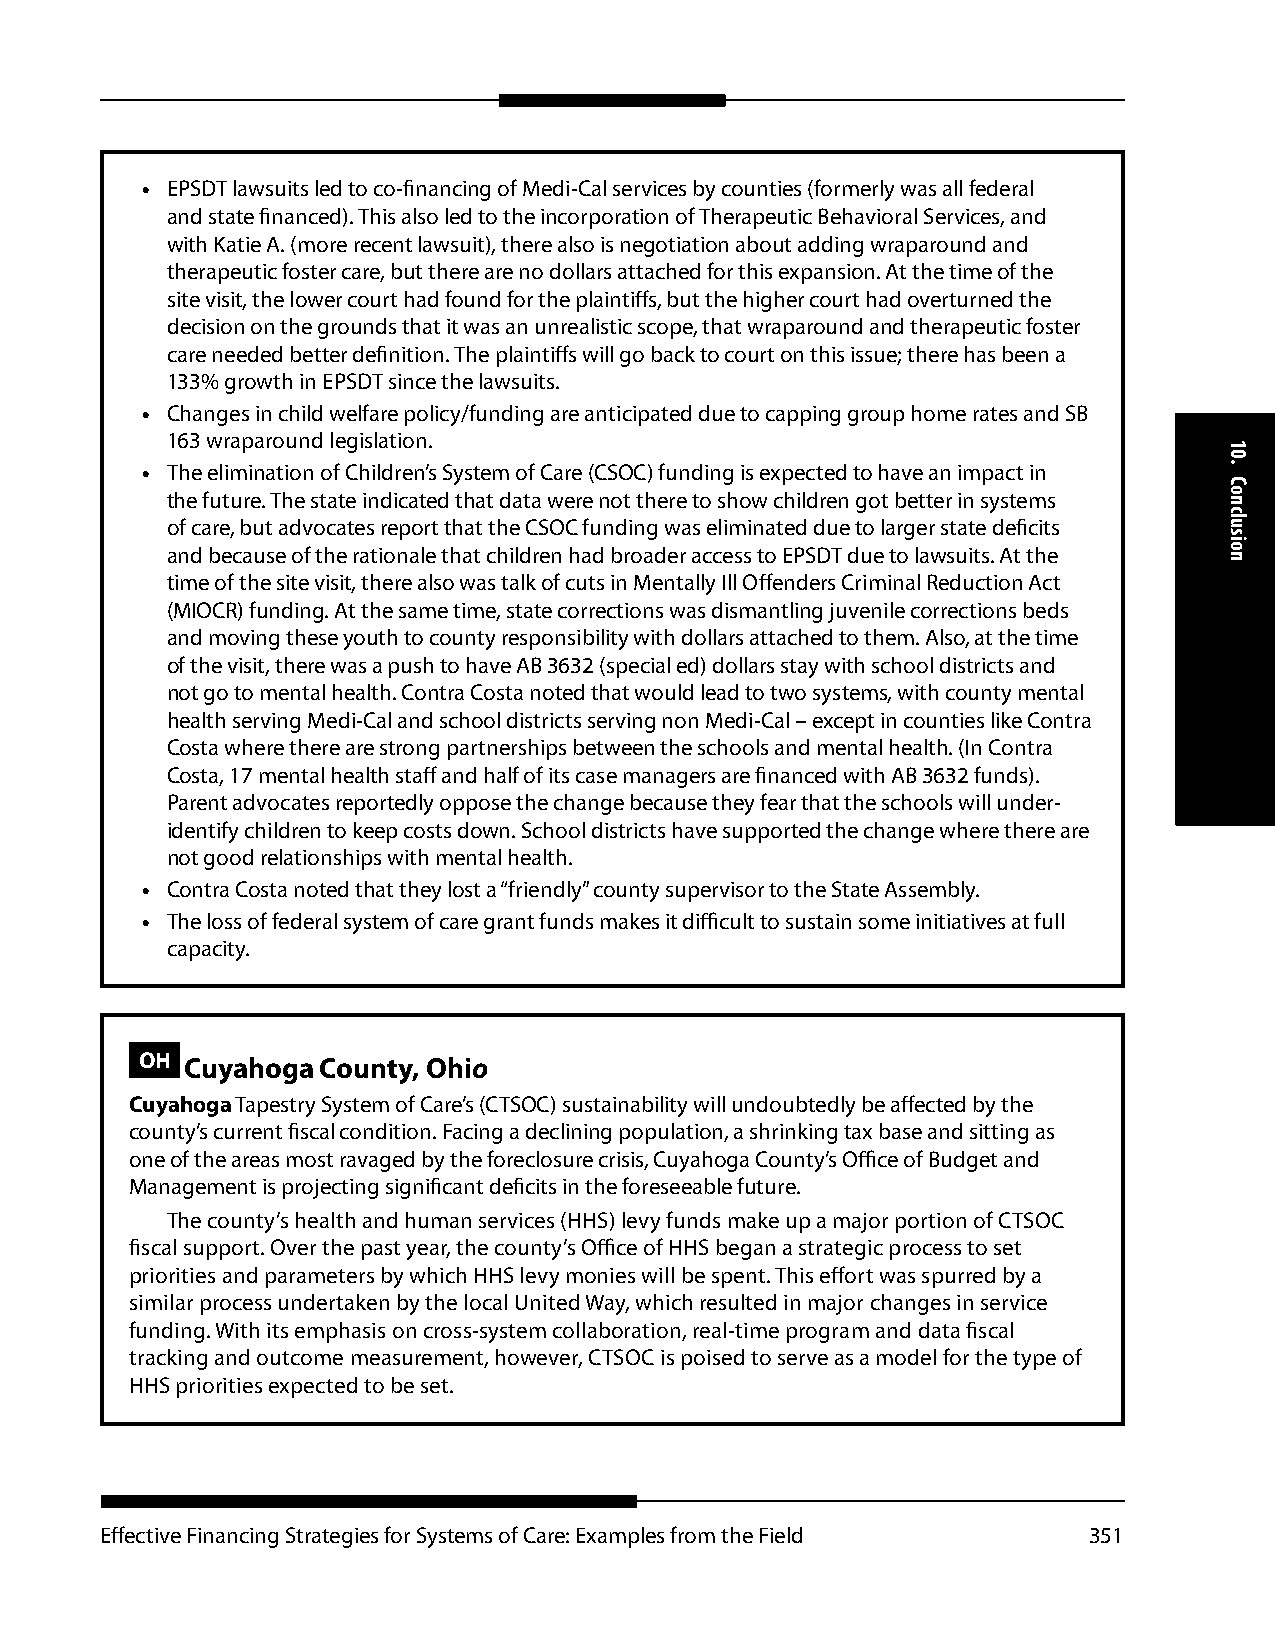
• EPSDT lawsuits led to co-financing of Medi-Cal services by counties (formerly was all federal
 and state financed). This also led to the incorporation of Therapeutic Behavioral Services, and
 with Katie A. (more recent lawsuit), there also is negotiation about adding wraparound and
 therapeutic foster care, but there are no dollars attached for this expansion. At the time of the
 site visit, the lower court had found for the plaintiffs, but the higher court had overturned the
 decision on the grounds that it was an unrealistic scope, that wraparound and therapeutic foster
 care needed better definition. The plaintiffs will go back to court on this issue; there has been a
 133% growth in EPSDT since the lawsuits.
 • Changes in child welfare policy/funding are anticipated due to capping group home rates and SB
 163 wraparound legislation.
 • The elimination of Children’s System of Care (CSOC) funding is expected to have an impact in
 the future. The state indicated that data were not there to show children got better in systems
 of care, but advocates report that the CSOC funding was eliminated due to larger state deficits
 and because of the rationale that children had broader access to EPSDT due to lawsuits. At the
 time of the site visit, there also was talk of cuts in Mentally Ill Offenders Criminal Reduction Act
 (MIOCR) funding. At the same time, state corrections was dismantling juvenile corrections beds
 and moving these youth to county responsibility with dollars attached to them. Also, at the time
 of the visit, there was a push to have AB 3632 (special ed) dollars stay with school districts and
 not go to mental health. Contra Costa noted that would lead to two systems, with county mental
 health serving Medi-Cal and school districts serving non Medi-Cal – except in counties like Contra
 Costa where there are strong partnerships between the schools and mental health. (In Contra
 Costa, 17 mental health staff and half of its case managers are financed with AB 3632 funds).
 Parent advocates reportedly oppose the change because they fear that the schools will under-
 identify children to keep costs down. School districts have supported the change where there are
 not good relationships with mental health.
 • Contra Costa noted that they lost a “friendly” county supervisor to the State Assembly.
 • The loss of federal system of care grant funds makes it difficult to sustain some initiatives at full
 capacity.
 OH Cuyahoga County, Ohio
 Cuyahoga Tapestry System of Care’s (CTSOC) sustainability will undoubtedly be affected by the
 county’s current fiscal condition. Facing a declining population, a shrinking tax base and sitting as
 one of the areas most ravaged by the foreclosure crisis, Cuyahoga County’s Office of Budget and
 Management is projecting significant deficits in the foreseeable future.
 The county’s health and human services (HHS) levy funds make up a major portion of CTSOC
 fiscal support. Over the past year, the county’s Office of HHS began a strategic process to set
 priorities and parameters by which HHS levy monies will be spent. This effort was spurred by a
 similar process undertaken by the local United Way, which resulted in major changes in service
 funding. With its emphasis on cross-system collaboration, real-time program and data fiscal
 tracking and outcome measurement, however, CTSOC is poised to serve as a model for the type of
 HHS priorities expected to be set.
 Effective Financing Strategies for Systems of Care: Examples from the Field 351
 10.
 Conclusion